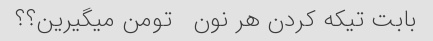
بابت تیکه کردن‌ هر نون   تومن میگیرین؟؟